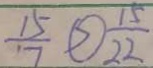
\frac { 1 5 } { 7 } \textcircled { > } \frac { 1 5 } { 2 2 }